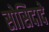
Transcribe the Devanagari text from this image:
सोसिदादे